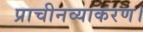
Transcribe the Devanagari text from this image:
प्राचीनव्याकरण।